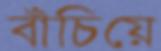
বাঁচিয়ে